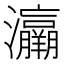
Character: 𤅘